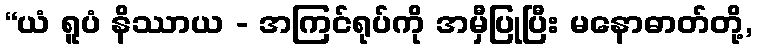
“ယံ ရူပံ နိဿာယ - အကြင်ရုပ်ကို အမှီပြုပြီး မနောဓာတ်တို့,